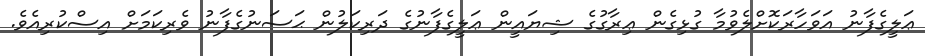
ޢަލީގެފާނު އަވަހާރަކޮށްލެވުމާ ގުޅިގެން ޢިރާގުގެ ޝިޔައީން ޢަލީގެފާނުގެ ދަރިކަލުން ޙަސަނުގެފާނު ވެރިކަމަށް އިސްކުރިއެވެ.